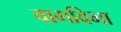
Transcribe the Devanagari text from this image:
वागविभा